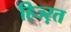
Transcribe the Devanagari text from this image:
हिज्ऱत